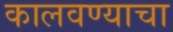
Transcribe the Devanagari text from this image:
कालवण्याचा